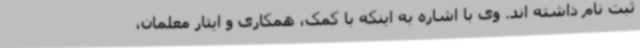
ثبت نام داشته اند. وی با اشاره به اینکه با کمک، همکاری و ایثار معلمان،